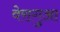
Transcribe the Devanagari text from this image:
वेरागुआ